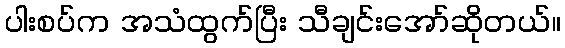
ပါးစပ်က အသံထွက်ပြီး သီချင်းအော်ဆိုတယ်။